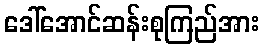
ဒေါ်အောင်ဆန်းစုကြည်အား